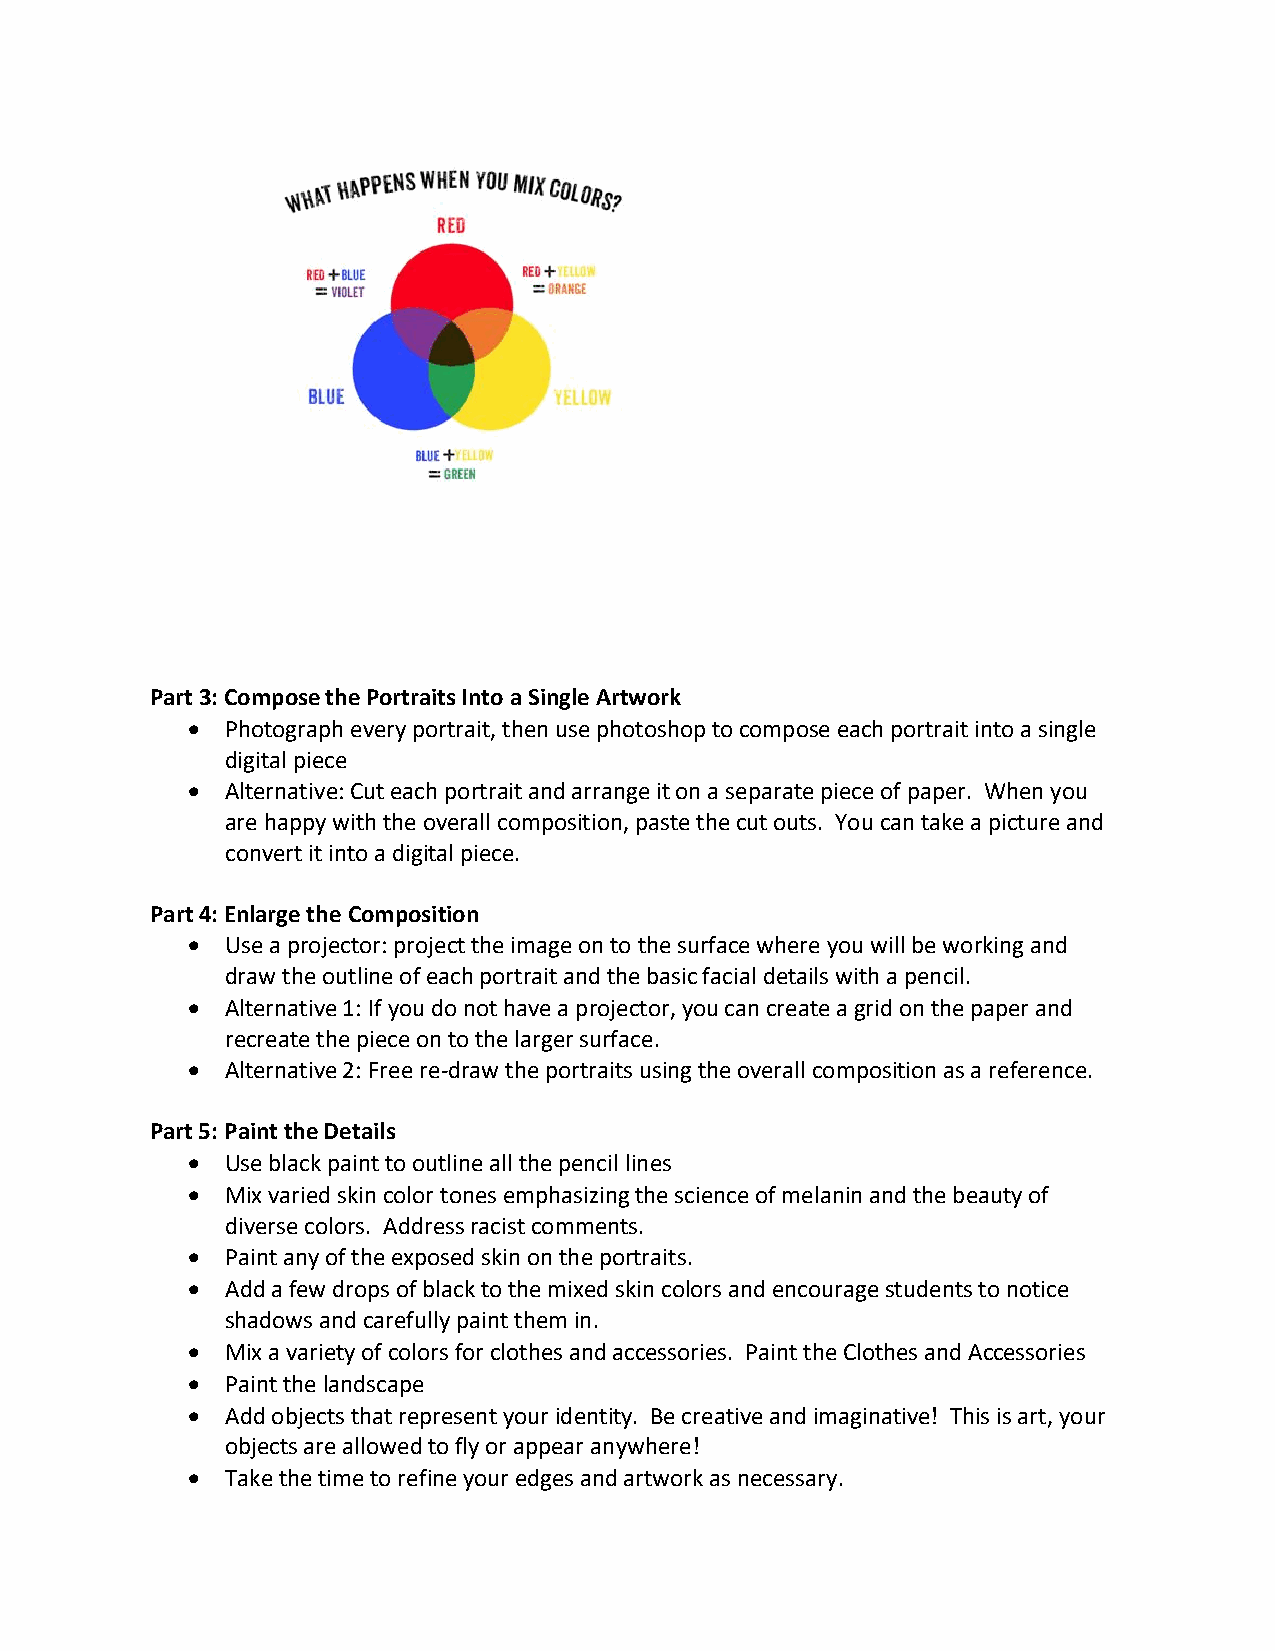
Part 3: Compose the Portraits Into a Single Artwork
   Photograph every portrait, then use photoshop to compose each portrait into a single
 digital piece
   Alternative: Cut each portrait and arrange it on a separate piece of paper. When you
 are happy with the overall composition, paste the cut outs. You can take a picture and
 convert it into a digital piece.
 Part 4: Enlarge the Composition
   Use a projector: project the image on to the surface where you will be working and
 draw the outline of each portrait and the basic facial details with a pencil.
   Alternative 1: If you do not have a projector, you can create a grid on the paper and
 recreate the piece on to the larger surface.
   Alternative 2: Free re-draw the portraits using the overall composition as a reference.
 Part 5: Paint the Details
   Use black paint to outline all the pencil lines
   Mix varied skin color tones emphasizing the science of melanin and the beauty of
 diverse colors. Address racist comments.
   Paint any of the exposed skin on the portraits.
   Add a few drops of black to the mixed skin colors and encourage students to notice
 shadows and carefully paint them in.
   Mix a variety of colors for clothes and accessories. Paint the Clothes and Accessories
   Paint the landscape
   Add objects that represent your identity. Be creative and imaginative! This is art, your
 objects are allowed to fly or appear anywhere!
   Take the time to refine your edges and artwork as necessary.